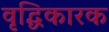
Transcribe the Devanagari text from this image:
वृद्धिकारक